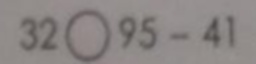
3 2 9 5 - 4 1